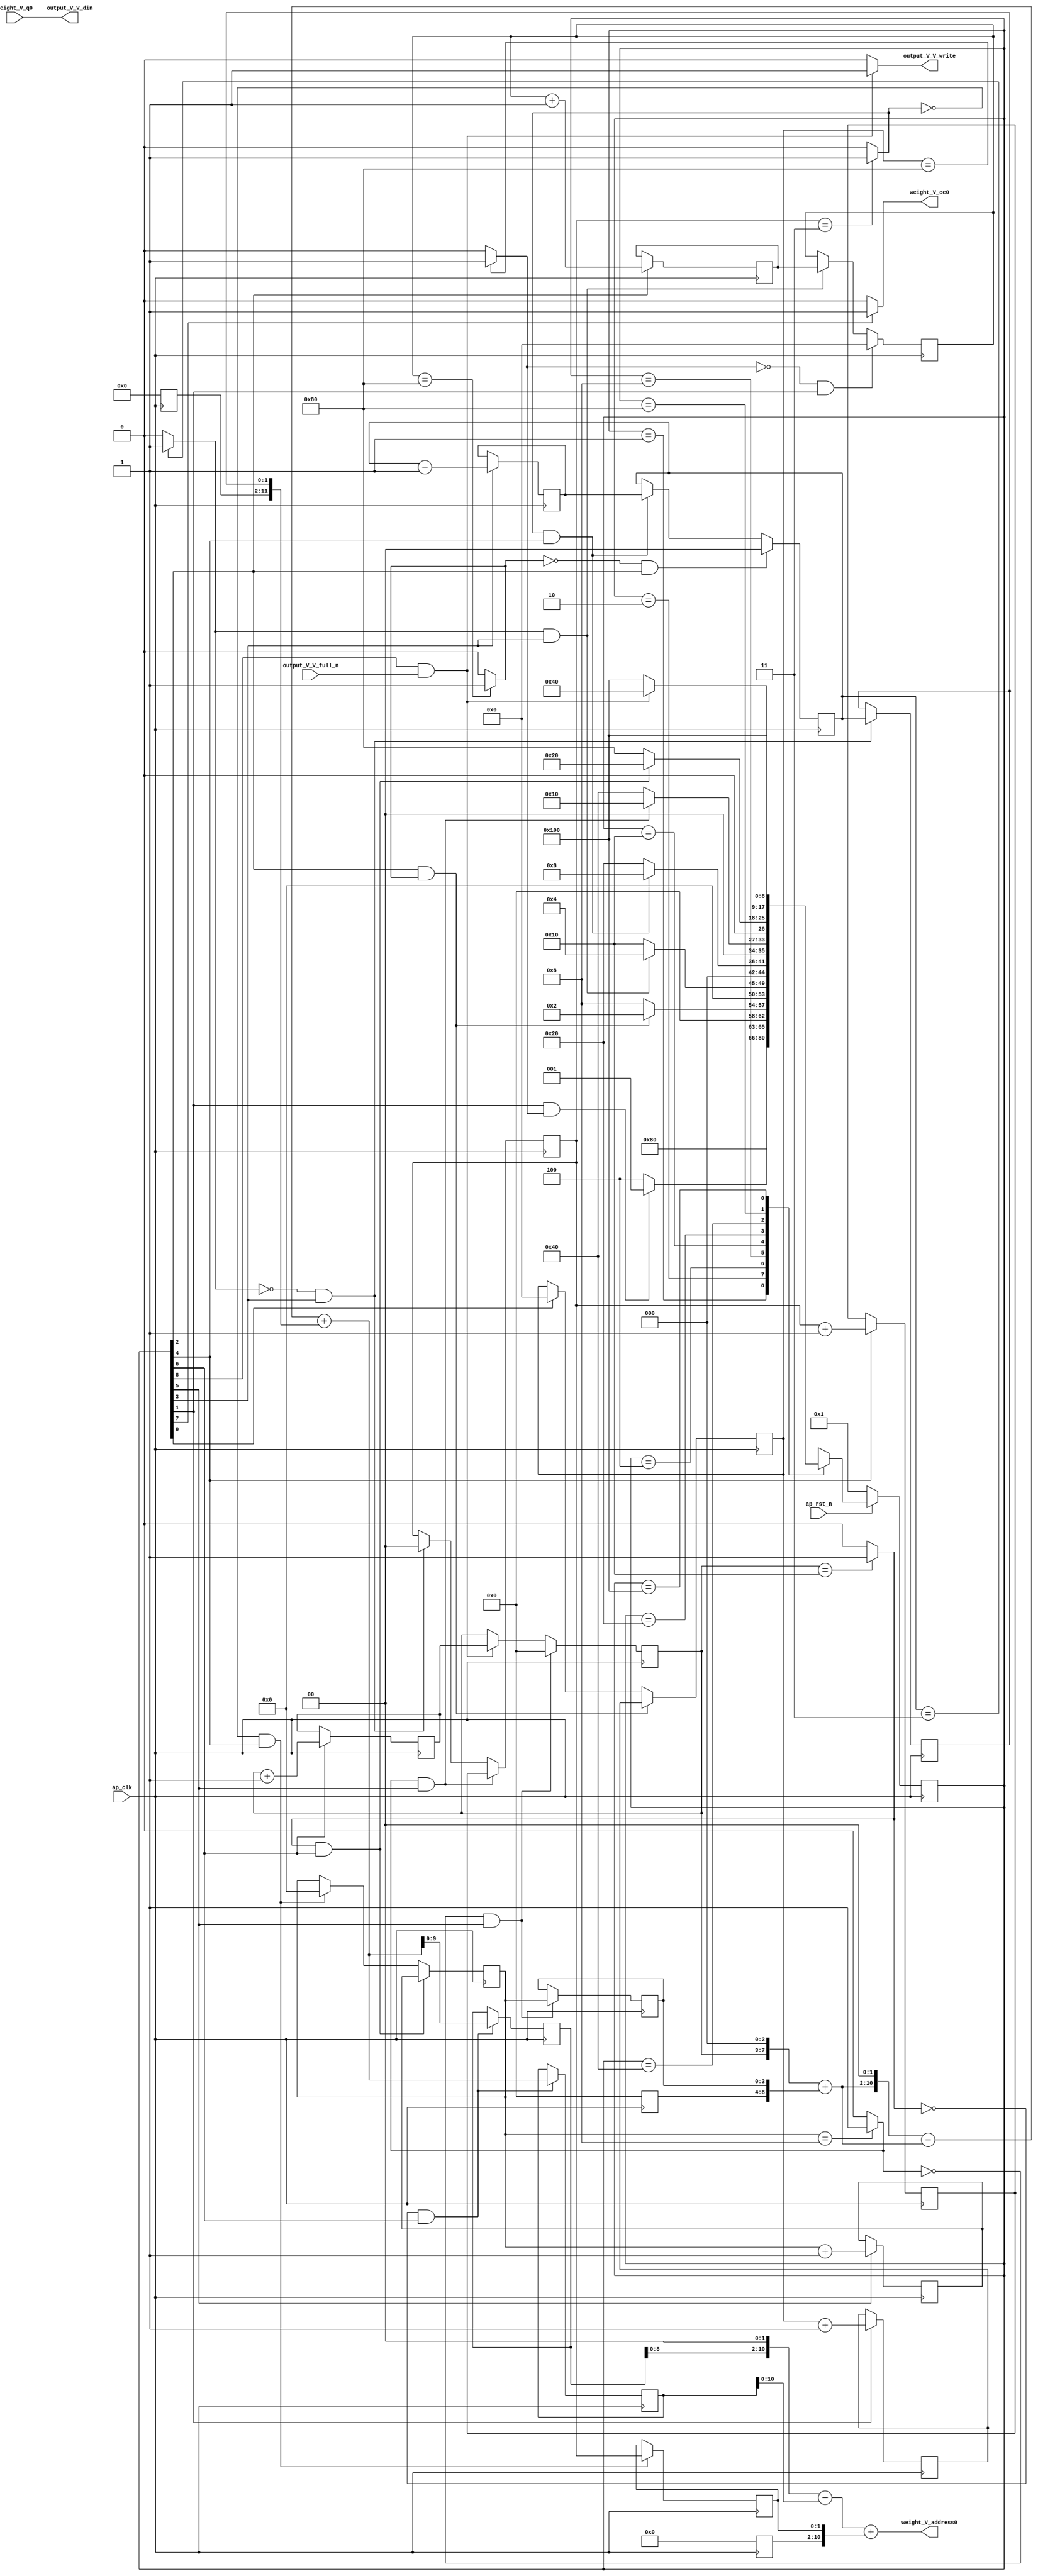
// ==============================================================
// RTL generated by Vivado(TM) HLS - High-Level Synthesis from C, C++ and SystemC
// Version: 2017.4
// Copyright (C) 1986-2017 Xilinx, Inc. All Rights Reserved.
// 
// ===========================================================

`timescale 1 ns / 1 ps 

(* CORE_GENERATION_INFO="weight_s_5,hls_ip_2017_4,{HLS_INPUT_TYPE=cxx,HLS_INPUT_FLOAT=0,HLS_INPUT_FIXED=1,HLS_INPUT_PART=xc7z020clg484-1,HLS_INPUT_CLOCK=10.000000,HLS_INPUT_ARCH=others,HLS_SYN_CLOCK=7.040000,HLS_SYN_LAT=59408641,HLS_SYN_TPT=none,HLS_SYN_MEM=0,HLS_SYN_DSP=0,HLS_SYN_FF=97,HLS_SYN_LUT=316}" *)

module weight_s_5 (
        ap_clk,
        ap_rst_n,
        output_V_V_din,
        output_V_V_full_n,
        output_V_V_write,
        weight_V_address0,
        weight_V_ce0,
        weight_V_q0
);

parameter    ap_ST_fsm_state1 = 9'd1;
parameter    ap_ST_fsm_state2 = 9'd2;
parameter    ap_ST_fsm_state3 = 9'd4;
parameter    ap_ST_fsm_state4 = 9'd8;
parameter    ap_ST_fsm_state5 = 9'd16;
parameter    ap_ST_fsm_state6 = 9'd32;
parameter    ap_ST_fsm_state7 = 9'd64;
parameter    ap_ST_fsm_state8 = 9'd128;
parameter    ap_ST_fsm_state9 = 9'd256;

input   ap_clk;
input   ap_rst_n;
output  [7:0] output_V_V_din;
input   output_V_V_full_n;
output   output_V_V_write;
output  [10:0] weight_V_address0;
output   weight_V_ce0;
input  [7:0] weight_V_q0;

reg output_V_V_write;
reg weight_V_ce0;

reg    ap_rst_n_inv;
reg    output_V_V_blk_n;
(* fsm_encoding = "none" *) reg   [8:0] ap_CS_fsm;
wire    ap_CS_fsm_state9;
wire   [7:0] hout_1_fu_174_p2;
reg   [7:0] hout_1_reg_329;
wire    ap_CS_fsm_state2;
wire   [7:0] wout_1_fu_186_p2;
reg   [7:0] wout_1_reg_337;
wire    ap_CS_fsm_state3;
wire   [1:0] hkern_1_fu_198_p2;
reg   [1:0] hkern_1_reg_345;
wire    ap_CS_fsm_state4;
wire   [63:0] tmp_fu_204_p1;
reg   [63:0] tmp_reg_350;
wire   [0:0] exitcond9_fu_192_p2;
wire   [1:0] wkern_1_fu_214_p2;
reg   [1:0] wkern_1_reg_358;
wire    ap_CS_fsm_state5;
wire   [11:0] tmp_2_cast_fu_220_p1;
reg   [11:0] tmp_2_cast_reg_363;
wire   [0:0] exitcond8_fu_208_p2;
wire   [3:0] pkern_1_fu_230_p2;
reg   [3:0] pkern_1_reg_371;
wire    ap_CS_fsm_state6;
wire   [8:0] tmp_4_cast_fu_236_p1;
reg   [8:0] tmp_4_cast_reg_376;
wire   [0:0] exitcond7_fu_224_p2;
wire   [4:0] pout_1_fu_246_p2;
reg   [4:0] pout_1_reg_384;
wire    ap_CS_fsm_state7;
wire   [11:0] tmp_3_fu_296_p1;
reg   [11:0] tmp_3_reg_389;
wire   [0:0] exitcond_fu_240_p2;
wire   [9:0] tmp_4_fu_300_p1;
reg   [9:0] tmp_4_reg_394;
wire    ap_CS_fsm_state8;
reg   [7:0] hout_reg_102;
wire    ap_CS_fsm_state1;
wire   [0:0] exitcond2_fu_180_p2;
reg   [7:0] wout_reg_113;
wire   [0:0] exitcond1_fu_168_p2;
reg   [1:0] hkern_reg_124;
reg   [1:0] wkern_reg_135;
reg   [3:0] pkern_reg_146;
reg   [4:0] pout_reg_157;
wire   [63:0] tmp_11_cast_fu_321_p1;
wire   [7:0] tmp_1_fu_252_p3;
wire   [8:0] tmp_3_cast_fu_260_p1;
wire   [8:0] tmp_5_fu_264_p2;
wire   [10:0] tmp_2_fu_273_p3;
wire   [63:0] p_shl1_fu_281_p1;
wire   [63:0] tmp_5_cast_fu_269_p1;
wire   [63:0] tmp_7_fu_285_p2;
wire   [63:0] tmp_8_fu_291_p2;
wire   [11:0] p_shl_cast_fu_304_p3;
wire   [11:0] tmp_s_fu_311_p2;
wire   [11:0] tmp_6_fu_316_p2;
reg   [8:0] ap_NS_fsm;

// power-on initialization
initial begin
#0 ap_CS_fsm = 9'd1;
end

always @ (posedge ap_clk) begin
    if (ap_rst_n_inv == 1'b1) begin
        ap_CS_fsm <= ap_ST_fsm_state1;
    end else begin
        ap_CS_fsm <= ap_NS_fsm;
    end
end

always @ (posedge ap_clk) begin
    if (((exitcond2_fu_180_p2 == 1'd0) & (1'b1 == ap_CS_fsm_state3))) begin
        hkern_reg_124 <= 2'd0;
    end else if (((exitcond8_fu_208_p2 == 1'd1) & (1'b1 == ap_CS_fsm_state5))) begin
        hkern_reg_124 <= hkern_1_reg_345;
    end
end

always @ (posedge ap_clk) begin
    if (((1'b1 == ap_CS_fsm_state3) & (exitcond2_fu_180_p2 == 1'd1))) begin
        hout_reg_102 <= hout_1_reg_329;
    end else if ((1'b1 == ap_CS_fsm_state1)) begin
        hout_reg_102 <= 8'd0;
    end
end

always @ (posedge ap_clk) begin
    if (((exitcond_fu_240_p2 == 1'd1) & (1'b1 == ap_CS_fsm_state7))) begin
        pkern_reg_146 <= pkern_1_reg_371;
    end else if (((exitcond8_fu_208_p2 == 1'd0) & (1'b1 == ap_CS_fsm_state5))) begin
        pkern_reg_146 <= 4'd0;
    end
end

always @ (posedge ap_clk) begin
    if (((exitcond7_fu_224_p2 == 1'd0) & (1'b1 == ap_CS_fsm_state6))) begin
        pout_reg_157 <= 5'd0;
    end else if (((1'b1 == ap_CS_fsm_state9) & (output_V_V_full_n == 1'b1))) begin
        pout_reg_157 <= pout_1_reg_384;
    end
end

always @ (posedge ap_clk) begin
    if (((exitcond7_fu_224_p2 == 1'd1) & (1'b1 == ap_CS_fsm_state6))) begin
        wkern_reg_135 <= wkern_1_reg_358;
    end else if (((exitcond9_fu_192_p2 == 1'd0) & (1'b1 == ap_CS_fsm_state4))) begin
        wkern_reg_135 <= 2'd0;
    end
end

always @ (posedge ap_clk) begin
    if (((exitcond1_fu_168_p2 == 1'd0) & (1'b1 == ap_CS_fsm_state2))) begin
        wout_reg_113 <= 8'd0;
    end else if (((exitcond9_fu_192_p2 == 1'd1) & (1'b1 == ap_CS_fsm_state4))) begin
        wout_reg_113 <= wout_1_reg_337;
    end
end

always @ (posedge ap_clk) begin
    if ((1'b1 == ap_CS_fsm_state4)) begin
        hkern_1_reg_345 <= hkern_1_fu_198_p2;
    end
end

always @ (posedge ap_clk) begin
    if ((1'b1 == ap_CS_fsm_state2)) begin
        hout_1_reg_329 <= hout_1_fu_174_p2;
    end
end

always @ (posedge ap_clk) begin
    if ((1'b1 == ap_CS_fsm_state6)) begin
        pkern_1_reg_371 <= pkern_1_fu_230_p2;
    end
end

always @ (posedge ap_clk) begin
    if ((1'b1 == ap_CS_fsm_state7)) begin
        pout_1_reg_384 <= pout_1_fu_246_p2;
    end
end

always @ (posedge ap_clk) begin
    if (((exitcond8_fu_208_p2 == 1'd0) & (1'b1 == ap_CS_fsm_state5))) begin
        tmp_2_cast_reg_363[1 : 0] <= tmp_2_cast_fu_220_p1[1 : 0];
    end
end

always @ (posedge ap_clk) begin
    if (((exitcond_fu_240_p2 == 1'd0) & (1'b1 == ap_CS_fsm_state7))) begin
        tmp_3_reg_389 <= tmp_3_fu_296_p1;
        tmp_4_reg_394 <= tmp_4_fu_300_p1;
    end
end

always @ (posedge ap_clk) begin
    if (((exitcond7_fu_224_p2 == 1'd0) & (1'b1 == ap_CS_fsm_state6))) begin
        tmp_4_cast_reg_376[3 : 0] <= tmp_4_cast_fu_236_p1[3 : 0];
    end
end

always @ (posedge ap_clk) begin
    if (((exitcond9_fu_192_p2 == 1'd0) & (1'b1 == ap_CS_fsm_state4))) begin
        tmp_reg_350[1 : 0] <= tmp_fu_204_p1[1 : 0];
    end
end

always @ (posedge ap_clk) begin
    if ((1'b1 == ap_CS_fsm_state5)) begin
        wkern_1_reg_358 <= wkern_1_fu_214_p2;
    end
end

always @ (posedge ap_clk) begin
    if ((1'b1 == ap_CS_fsm_state3)) begin
        wout_1_reg_337 <= wout_1_fu_186_p2;
    end
end

always @ (*) begin
    if ((1'b1 == ap_CS_fsm_state9)) begin
        output_V_V_blk_n = output_V_V_full_n;
    end else begin
        output_V_V_blk_n = 1'b1;
    end
end

always @ (*) begin
    if (((1'b1 == ap_CS_fsm_state9) & (output_V_V_full_n == 1'b1))) begin
        output_V_V_write = 1'b1;
    end else begin
        output_V_V_write = 1'b0;
    end
end

always @ (*) begin
    if ((1'b1 == ap_CS_fsm_state8)) begin
        weight_V_ce0 = 1'b1;
    end else begin
        weight_V_ce0 = 1'b0;
    end
end

always @ (*) begin
    case (ap_CS_fsm)
        ap_ST_fsm_state1 : begin
            ap_NS_fsm = ap_ST_fsm_state2;
        end
        ap_ST_fsm_state2 : begin
            if (((1'b1 == ap_CS_fsm_state2) & (exitcond1_fu_168_p2 == 1'd1))) begin
                ap_NS_fsm = ap_ST_fsm_state1;
            end else begin
                ap_NS_fsm = ap_ST_fsm_state3;
            end
        end
        ap_ST_fsm_state3 : begin
            if (((1'b1 == ap_CS_fsm_state3) & (exitcond2_fu_180_p2 == 1'd1))) begin
                ap_NS_fsm = ap_ST_fsm_state2;
            end else begin
                ap_NS_fsm = ap_ST_fsm_state4;
            end
        end
        ap_ST_fsm_state4 : begin
            if (((exitcond9_fu_192_p2 == 1'd1) & (1'b1 == ap_CS_fsm_state4))) begin
                ap_NS_fsm = ap_ST_fsm_state3;
            end else begin
                ap_NS_fsm = ap_ST_fsm_state5;
            end
        end
        ap_ST_fsm_state5 : begin
            if (((exitcond8_fu_208_p2 == 1'd1) & (1'b1 == ap_CS_fsm_state5))) begin
                ap_NS_fsm = ap_ST_fsm_state4;
            end else begin
                ap_NS_fsm = ap_ST_fsm_state6;
            end
        end
        ap_ST_fsm_state6 : begin
            if (((exitcond7_fu_224_p2 == 1'd1) & (1'b1 == ap_CS_fsm_state6))) begin
                ap_NS_fsm = ap_ST_fsm_state5;
            end else begin
                ap_NS_fsm = ap_ST_fsm_state7;
            end
        end
        ap_ST_fsm_state7 : begin
            if (((exitcond_fu_240_p2 == 1'd1) & (1'b1 == ap_CS_fsm_state7))) begin
                ap_NS_fsm = ap_ST_fsm_state6;
            end else begin
                ap_NS_fsm = ap_ST_fsm_state8;
            end
        end
        ap_ST_fsm_state8 : begin
            ap_NS_fsm = ap_ST_fsm_state9;
        end
        ap_ST_fsm_state9 : begin
            if (((1'b1 == ap_CS_fsm_state9) & (output_V_V_full_n == 1'b1))) begin
                ap_NS_fsm = ap_ST_fsm_state7;
            end else begin
                ap_NS_fsm = ap_ST_fsm_state9;
            end
        end
        default : begin
            ap_NS_fsm = 'bx;
        end
    endcase
end

assign ap_CS_fsm_state1 = ap_CS_fsm[32'd0];

assign ap_CS_fsm_state2 = ap_CS_fsm[32'd1];

assign ap_CS_fsm_state3 = ap_CS_fsm[32'd2];

assign ap_CS_fsm_state4 = ap_CS_fsm[32'd3];

assign ap_CS_fsm_state5 = ap_CS_fsm[32'd4];

assign ap_CS_fsm_state6 = ap_CS_fsm[32'd5];

assign ap_CS_fsm_state7 = ap_CS_fsm[32'd6];

assign ap_CS_fsm_state8 = ap_CS_fsm[32'd7];

assign ap_CS_fsm_state9 = ap_CS_fsm[32'd8];

always @ (*) begin
    ap_rst_n_inv = ~ap_rst_n;
end

assign exitcond1_fu_168_p2 = ((hout_reg_102 == 8'd128) ? 1'b1 : 1'b0);

assign exitcond2_fu_180_p2 = ((wout_reg_113 == 8'd128) ? 1'b1 : 1'b0);

assign exitcond7_fu_224_p2 = ((pkern_reg_146 == 4'd8) ? 1'b1 : 1'b0);

assign exitcond8_fu_208_p2 = ((wkern_reg_135 == 2'd3) ? 1'b1 : 1'b0);

assign exitcond9_fu_192_p2 = ((hkern_reg_124 == 2'd3) ? 1'b1 : 1'b0);

assign exitcond_fu_240_p2 = ((pout_reg_157 == 5'd16) ? 1'b1 : 1'b0);

assign hkern_1_fu_198_p2 = (hkern_reg_124 + 2'd1);

assign hout_1_fu_174_p2 = (hout_reg_102 + 8'd1);

assign output_V_V_din = weight_V_q0;

assign p_shl1_fu_281_p1 = tmp_2_fu_273_p3;

assign p_shl_cast_fu_304_p3 = {{tmp_4_reg_394}, {2'd0}};

assign pkern_1_fu_230_p2 = (pkern_reg_146 + 4'd1);

assign pout_1_fu_246_p2 = (pout_reg_157 + 5'd1);

assign tmp_11_cast_fu_321_p1 = tmp_6_fu_316_p2;

assign tmp_1_fu_252_p3 = {{pout_reg_157}, {3'd0}};

assign tmp_2_cast_fu_220_p1 = wkern_reg_135;

assign tmp_2_fu_273_p3 = {{tmp_5_fu_264_p2}, {2'd0}};

assign tmp_3_cast_fu_260_p1 = tmp_1_fu_252_p3;

assign tmp_3_fu_296_p1 = tmp_8_fu_291_p2[11:0];

assign tmp_4_cast_fu_236_p1 = pkern_reg_146;

assign tmp_4_fu_300_p1 = tmp_8_fu_291_p2[9:0];

assign tmp_5_cast_fu_269_p1 = tmp_5_fu_264_p2;

assign tmp_5_fu_264_p2 = (tmp_3_cast_fu_260_p1 + tmp_4_cast_reg_376);

assign tmp_6_fu_316_p2 = (tmp_s_fu_311_p2 + tmp_2_cast_reg_363);

assign tmp_7_fu_285_p2 = (p_shl1_fu_281_p1 - tmp_5_cast_fu_269_p1);

assign tmp_8_fu_291_p2 = (tmp_7_fu_285_p2 + tmp_reg_350);

assign tmp_fu_204_p1 = hkern_reg_124;

assign tmp_s_fu_311_p2 = (p_shl_cast_fu_304_p3 - tmp_3_reg_389);

assign weight_V_address0 = tmp_11_cast_fu_321_p1;

assign wkern_1_fu_214_p2 = (wkern_reg_135 + 2'd1);

assign wout_1_fu_186_p2 = (wout_reg_113 + 8'd1);

always @ (posedge ap_clk) begin
    tmp_reg_350[63:2] <= 62'b00000000000000000000000000000000000000000000000000000000000000;
    tmp_2_cast_reg_363[11:2] <= 10'b0000000000;
    tmp_4_cast_reg_376[8:4] <= 5'b00000;
end

endmodule //weight_s_5